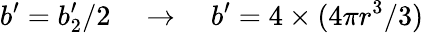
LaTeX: b^{\prime}=b_{2}^{\prime}/2\quad\rightarrow\quad b^{\prime}=4\times(4\pi r^{3}/3)